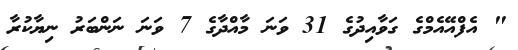
" އެފްއޭއެމްގެ ގަވާއިދުގެ 31 ވަނަ މާއްދާގެ 7 ވަނަ ނަންބަރު ނިޔާކުރާ